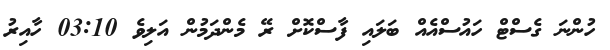
ހުންނަ ގެސްޓް ހައުސްއެއް ބަލައި ފާސްކޮށް ރޭ މެންދަމުން އަލިވެ 03:10 ހާއިރު